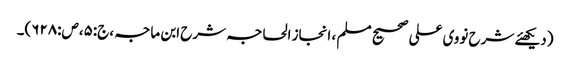
(دیکھئے شرح نووی علی صحیح مسلم ، انجاز الحاجہ شرح ابن ماجہ ،ج:۵،ص:۶۲۸)۔